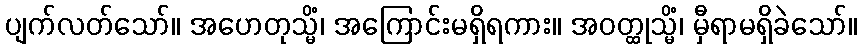
ပျက်လတ်သော်။ အဟေတုသ္မိံ၊ အကြောင်းမရှိရကား။ အဝတ္ထုသ္မိံ၊ မှီရာမရှိခဲသော်။